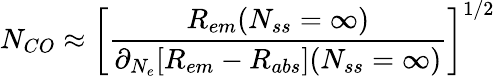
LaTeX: N_{CO}\approx\bigg[\frac{R_{em}(N_{ss}=\infty)}{\partial_{N_{e}}[R_{em}-R_{abs}](N_{ss}=\infty)}\bigg]^{1/2}